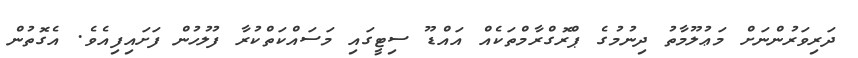
ދަރިވަރުންނަށް މަޢުލޫމާތު ދިނުމުގެ ޕްރޮގްރާމްތަކެއް އައްޑޫ ސިޓީގައި މަސައްކަތްކުރާ ފުލުހުން ފަށައިފިއެވެ. އެގޮތުން